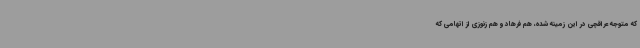
که متوجه عراقچی در این زمینه شده، هم فرهاد و هم زنوزی از اتهامی که